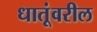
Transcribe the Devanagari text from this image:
धातूंवरील